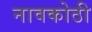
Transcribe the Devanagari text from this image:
नावकोठी